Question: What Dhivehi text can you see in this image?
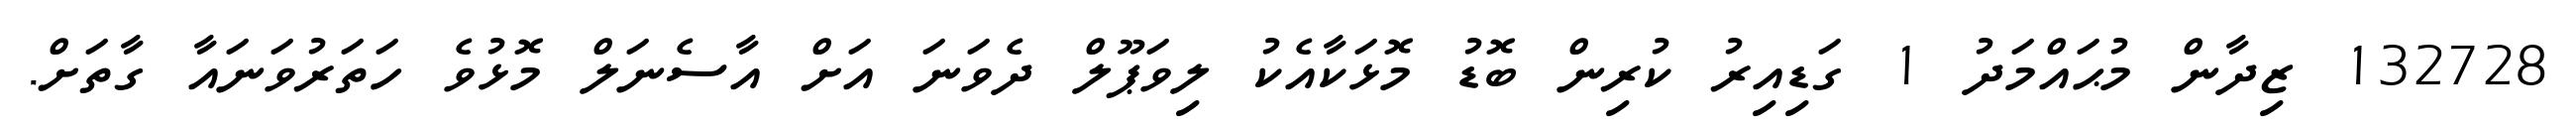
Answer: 132728 ޒިދާން މުޙައްމަދު 1 ގަޑިއިރު ކުރިން ބޮޑު މޮޅަކާއެކު ލިވަޕޫލް ދެވަނަ އަށް އާސެނަލް މޮޅުވެ ހަތަރުވަނައާ ގާތަށް.